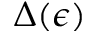
\Delta ( \epsilon )